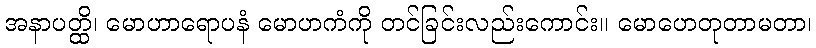
အနာပတ္ထိ၊ မောဟာရောပနံ မောဟကံကို တင်ခြင်းလည်းကောင်း။ မောဟေတုတာမတာ၊